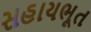
સહાયભૂત